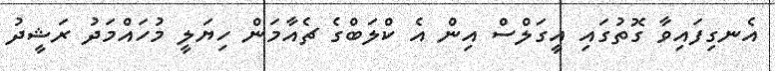
އެނގިފައިވާ ގޮތުގައި އީގަލްސް އިން އެ ކްލަބްގެ ޗެއާމަން ހިޔަލީ މުހައްމަދު ރަޝީދު